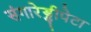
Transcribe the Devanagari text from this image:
संगारेड्डीपेटा